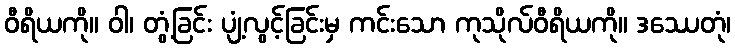
ဝီရိယကို။ ဝါ၊ တွံ့ခြင်း ပျံ့လွင့်ခြင်းမှ ကင်းသော ကုသိုလ်ဝီရိယကို။ ဒဿေတုံ၊